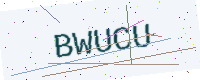
Text: BWUCU